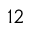
1 2